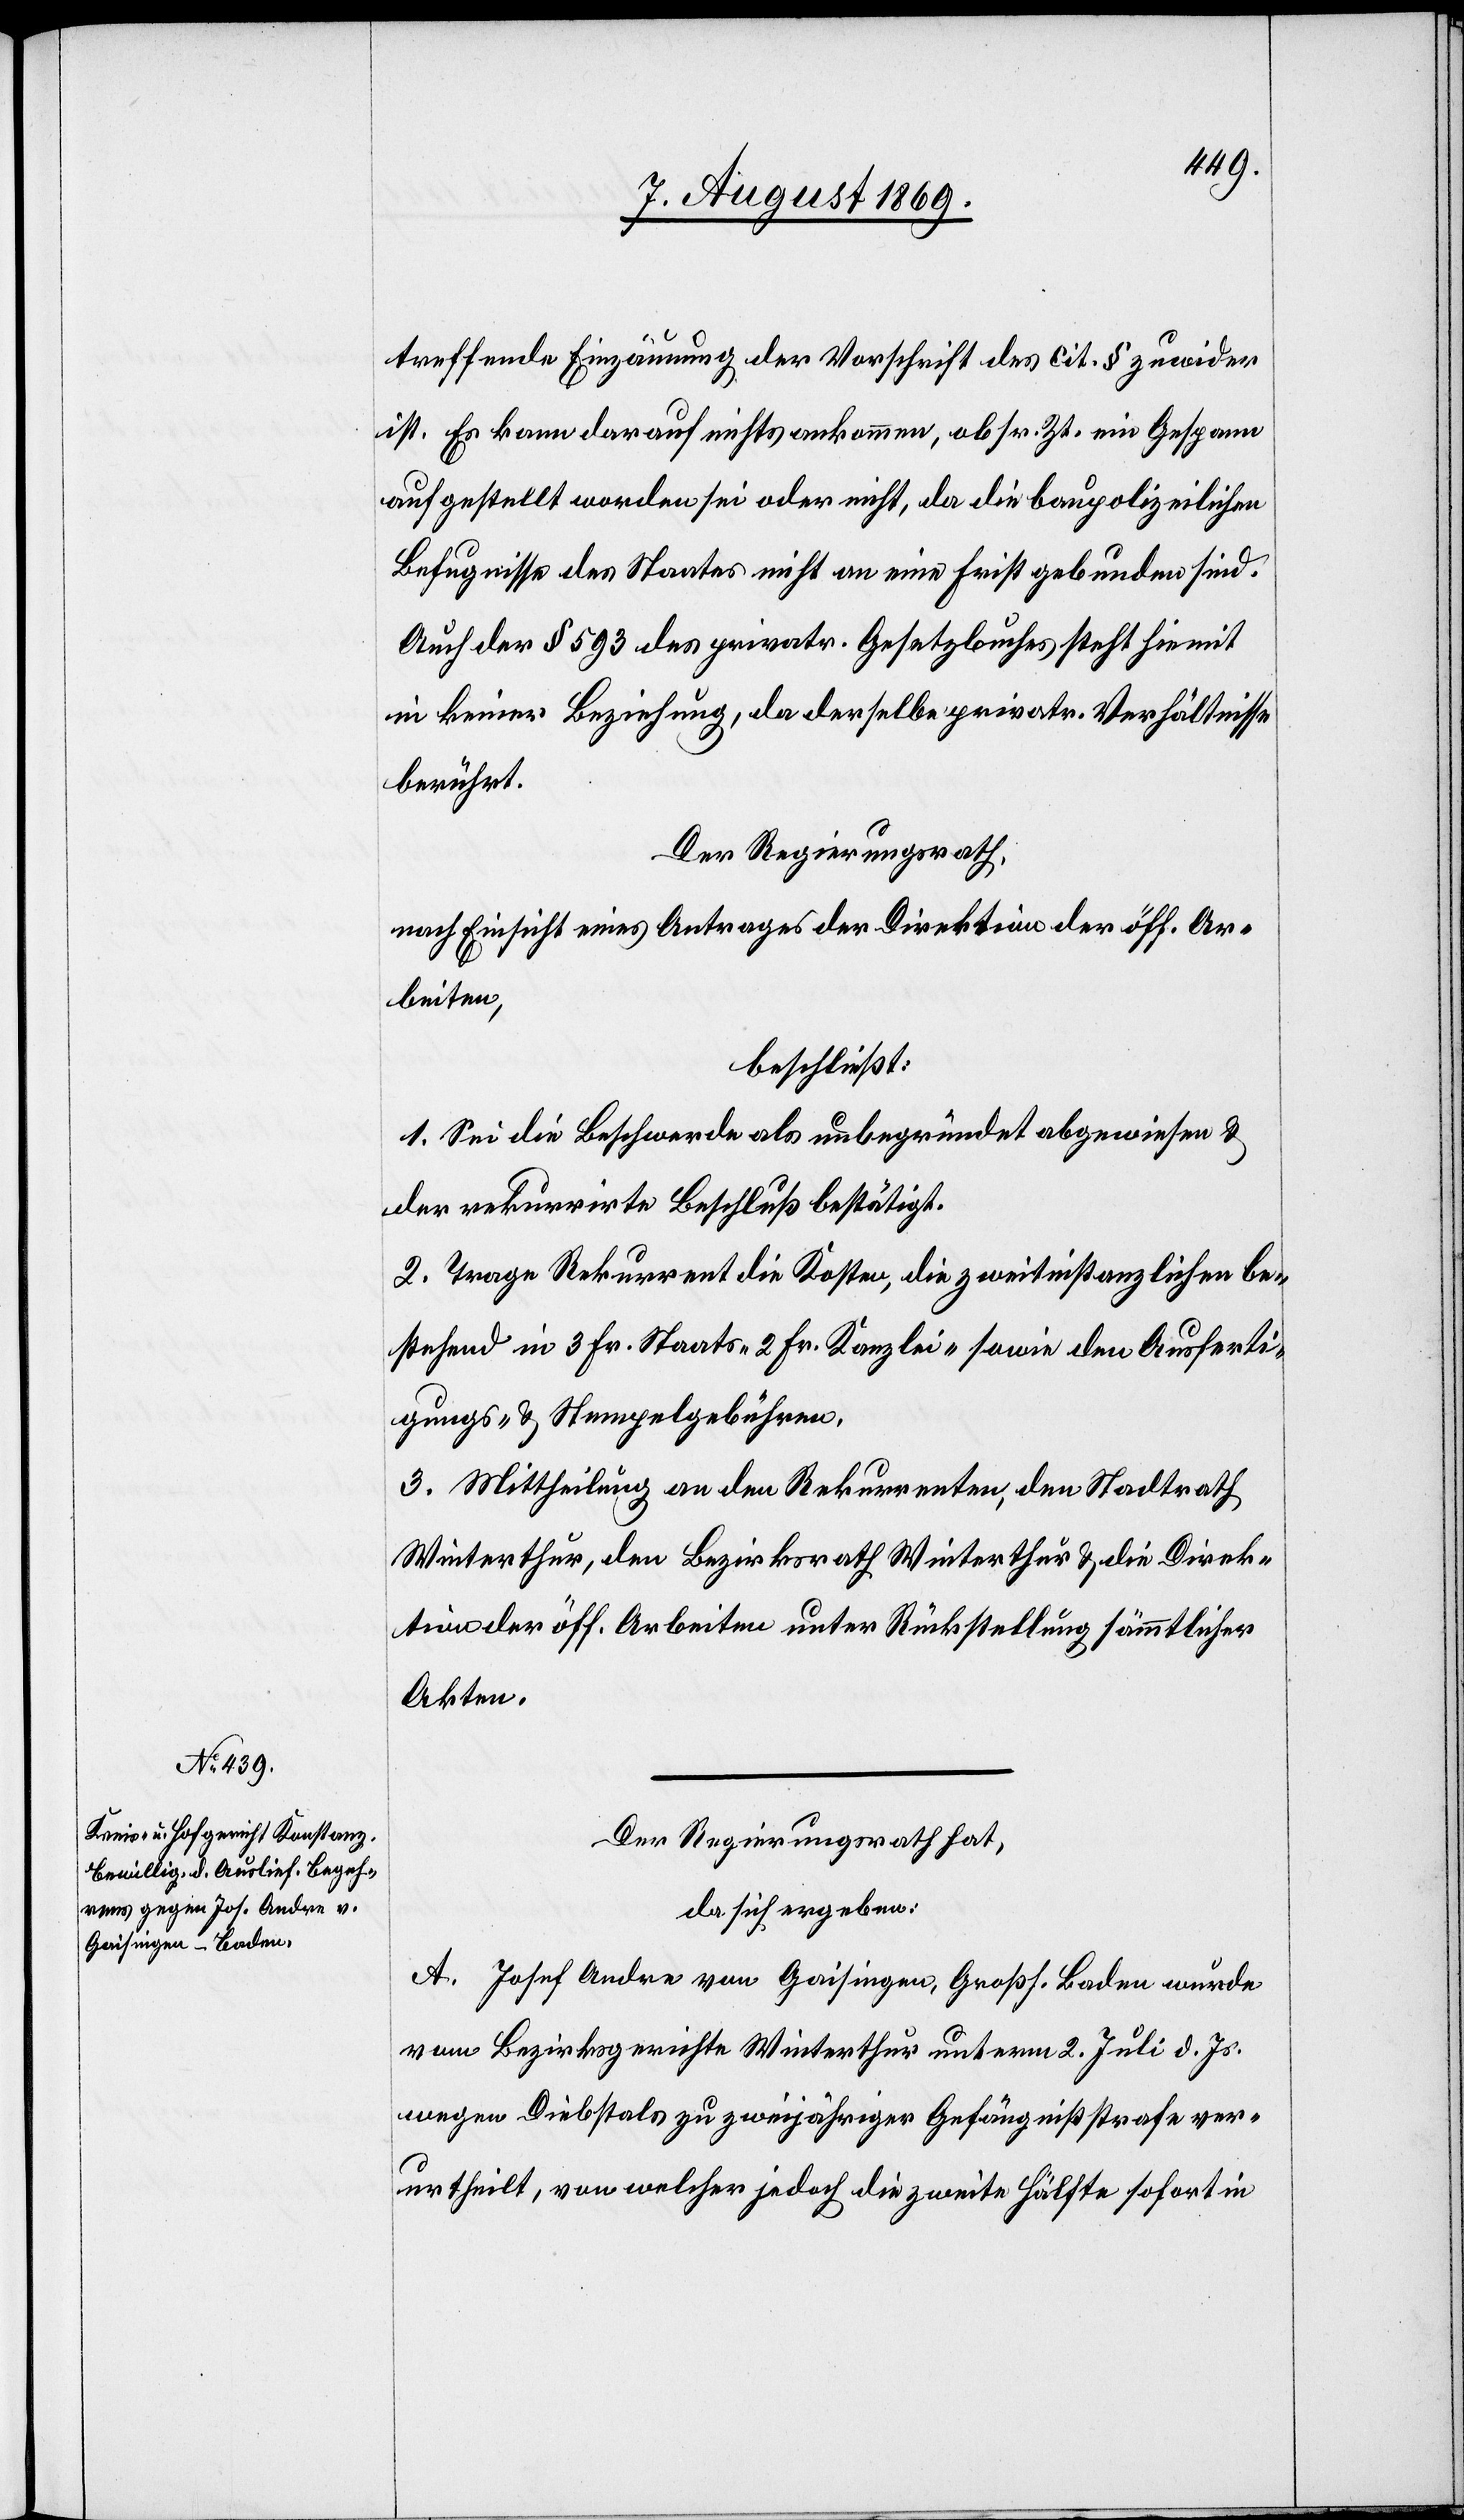
treffende Einzäunung der Vorschrift des cit. § zuwider
ist. Es kann darauf nichts ankommen, ob sr. Zt. ein Gespann
aufgestellt worden sei oder nicht, da die baupolizeilichen
Befugnisse des Staates nicht an eine Frist gebunden sind.
Auch der § 593 des privatr. Gesetzbuches steht hiermit
in keiner Beziehung, da derselbe privatr. Verhältnisse
berührt.
Der Regierungsrath,
nach Einsicht eines Antrages der Direktion der öff. Ar¬
beiten,
beschließt:
1. Sei die Beschwerde als unbegründet abgewiesen &
der rekurrirte Beschluß bestätigt.
2. Trage Rekurrent die Kosten, die zweitinstanzlichen be¬
stehend in 3 Fr. Staats- 2 Fr. Kanzlei- sowie den Ausferti¬
gungs- & Stempelgebühren.
3. Mittheilung an den Rekurrenten, den Stadtrath
Winterthur, den Bezirksrath Winterthur & die Direk¬
tion der öff. Arbeiten unter Rückstellung sämmtlicher
Akten.
Der Regierungsrath hat,
da sich ergeben:
A. Josef Andre von Gaisingen, Großh. Baden wurde
vom Bezirksgerichte Winterthur unterm 2 Juli d. Js.
wegen Diebstals zu zweijähriger Gefängnißstrafe ver¬
urtheilt, von welcher jedoch die zweite Hälfte sofort in